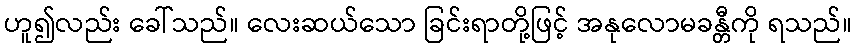
ဟူ၍လည်း ခေါ်သည်။ လေးဆယ်သော ခြင်းရာတို့ဖြင့် အနုလောမခန္တီကို ရသည်။